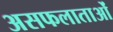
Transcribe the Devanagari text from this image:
असफलाताओं